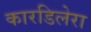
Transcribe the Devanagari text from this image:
कारडिलेरा